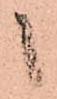
候